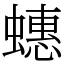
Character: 蟪